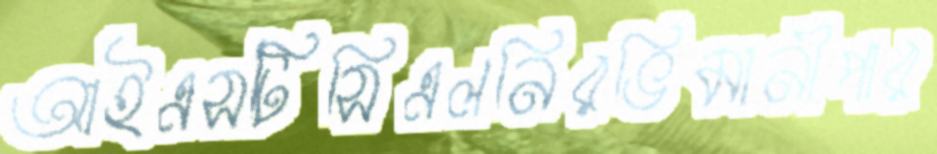
আইএসটিসিএলনিরভিমানীপার